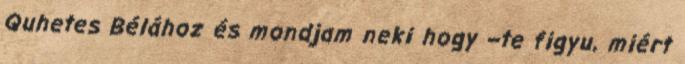
Quhetes Bélához és mondjam neki hogy –te figyu, miért